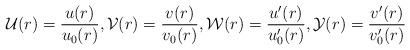
LaTeX: \begin{align*} \mathcal U(r)=\frac{u(r)}{u_0(r)}, \mathcal V(r)=\frac{v(r)}{v_0(r)}, \mathcal W(r)=\frac{u'(r)}{u'_0(r)}, \mathcal Y(r)=\frac{v'(r)}{v'_0(r)}\end{align*}